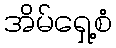
အိမ်ရှေ့စံ